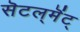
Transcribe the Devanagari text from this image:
सॆटल्‌मॆंट्